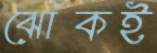
ঝোঁকই